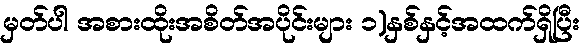
မှတ်ပါ အစားထိုးအစိတ်အပိုင်းများ ၁)နှစ်နှင့်အထက်ရှိပြီး